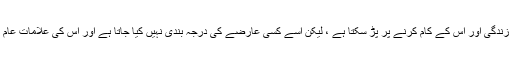
اگرچہ پی ایم ایس کا اثر عورت کی زندگی اور اس کے کام کرنے پر پڑ سکتا ہے ، لیکن اسے کسی عارضے کی درجہ بندی نہیں کیا جاتا ہے اور اس کی علامات عام طور پر خود سے منظم ہوجاتی ہیں۔